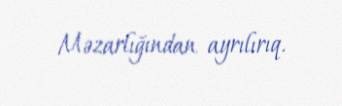
Məzarlığından ayrılırıq.